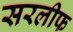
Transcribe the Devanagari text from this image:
सरलीफ